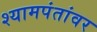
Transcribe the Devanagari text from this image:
श्यामपंतांवर